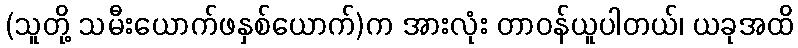
(သူတို့ သမီးယောက်ဖနှစ်ယောက်)က အားလုံး တာဝန်ယူပါတယ်၊ ယခုအထိ